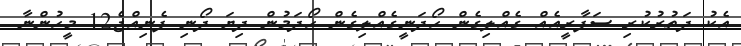
އެކު ދަތުރުކުރި ސަފާރީއެއް ގެއްލިގެން ހޯދަނީގެއްލިގެން ހޯދަމުން ދިޔަ ދޯނި ފެނިއްޖެ12 މީހުންްނާ